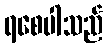
ရစေပါသည်